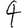
Digit: 4